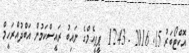
އޮކްޓޯބަރު 15